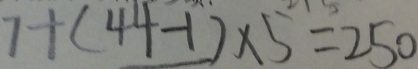
7 + ( 4 4 - 1 ) \times 5 = 2 5 0